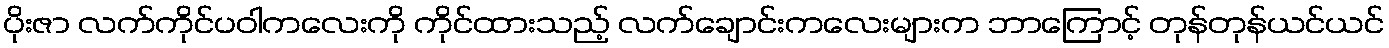
ပိုးဇာ လက်ကိုင်ပဝါကလေးကို ကိုင်ထားသည့် လက်ချောင်းကလေးများက ဘာကြောင့် တုန်တုန်ယင်ယင်